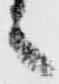
之